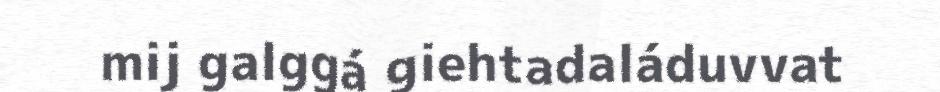
mij galggá giehtadaláduvvat